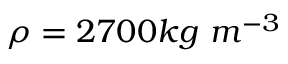
\rho = 2 7 0 0 k g \ m ^ { - 3 }